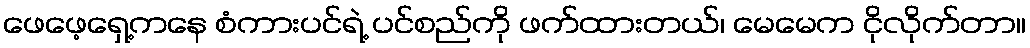
ဖေဖေ့ရှေ့ကနေ စံကားပင်ရဲ့ ပင်စည်ကို ဖက်ထားတယ်၊ မေမေက ငိုလိုက်တာ။